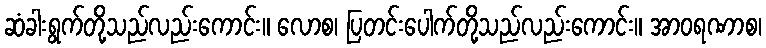
ဆံခါးရွက်တို့သည်လည်းကောင်း။ လောစ၊ ပြတင်းပေါက်တို့သည်လည်းကောင်း။ အာဝရဏာစ၊